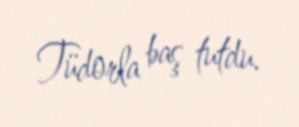
Tüdorla baş tutdu.